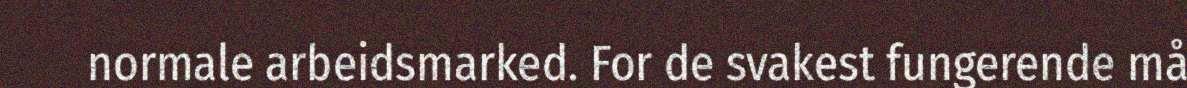
normale arbeidsmarked. For de svakest fungerende må